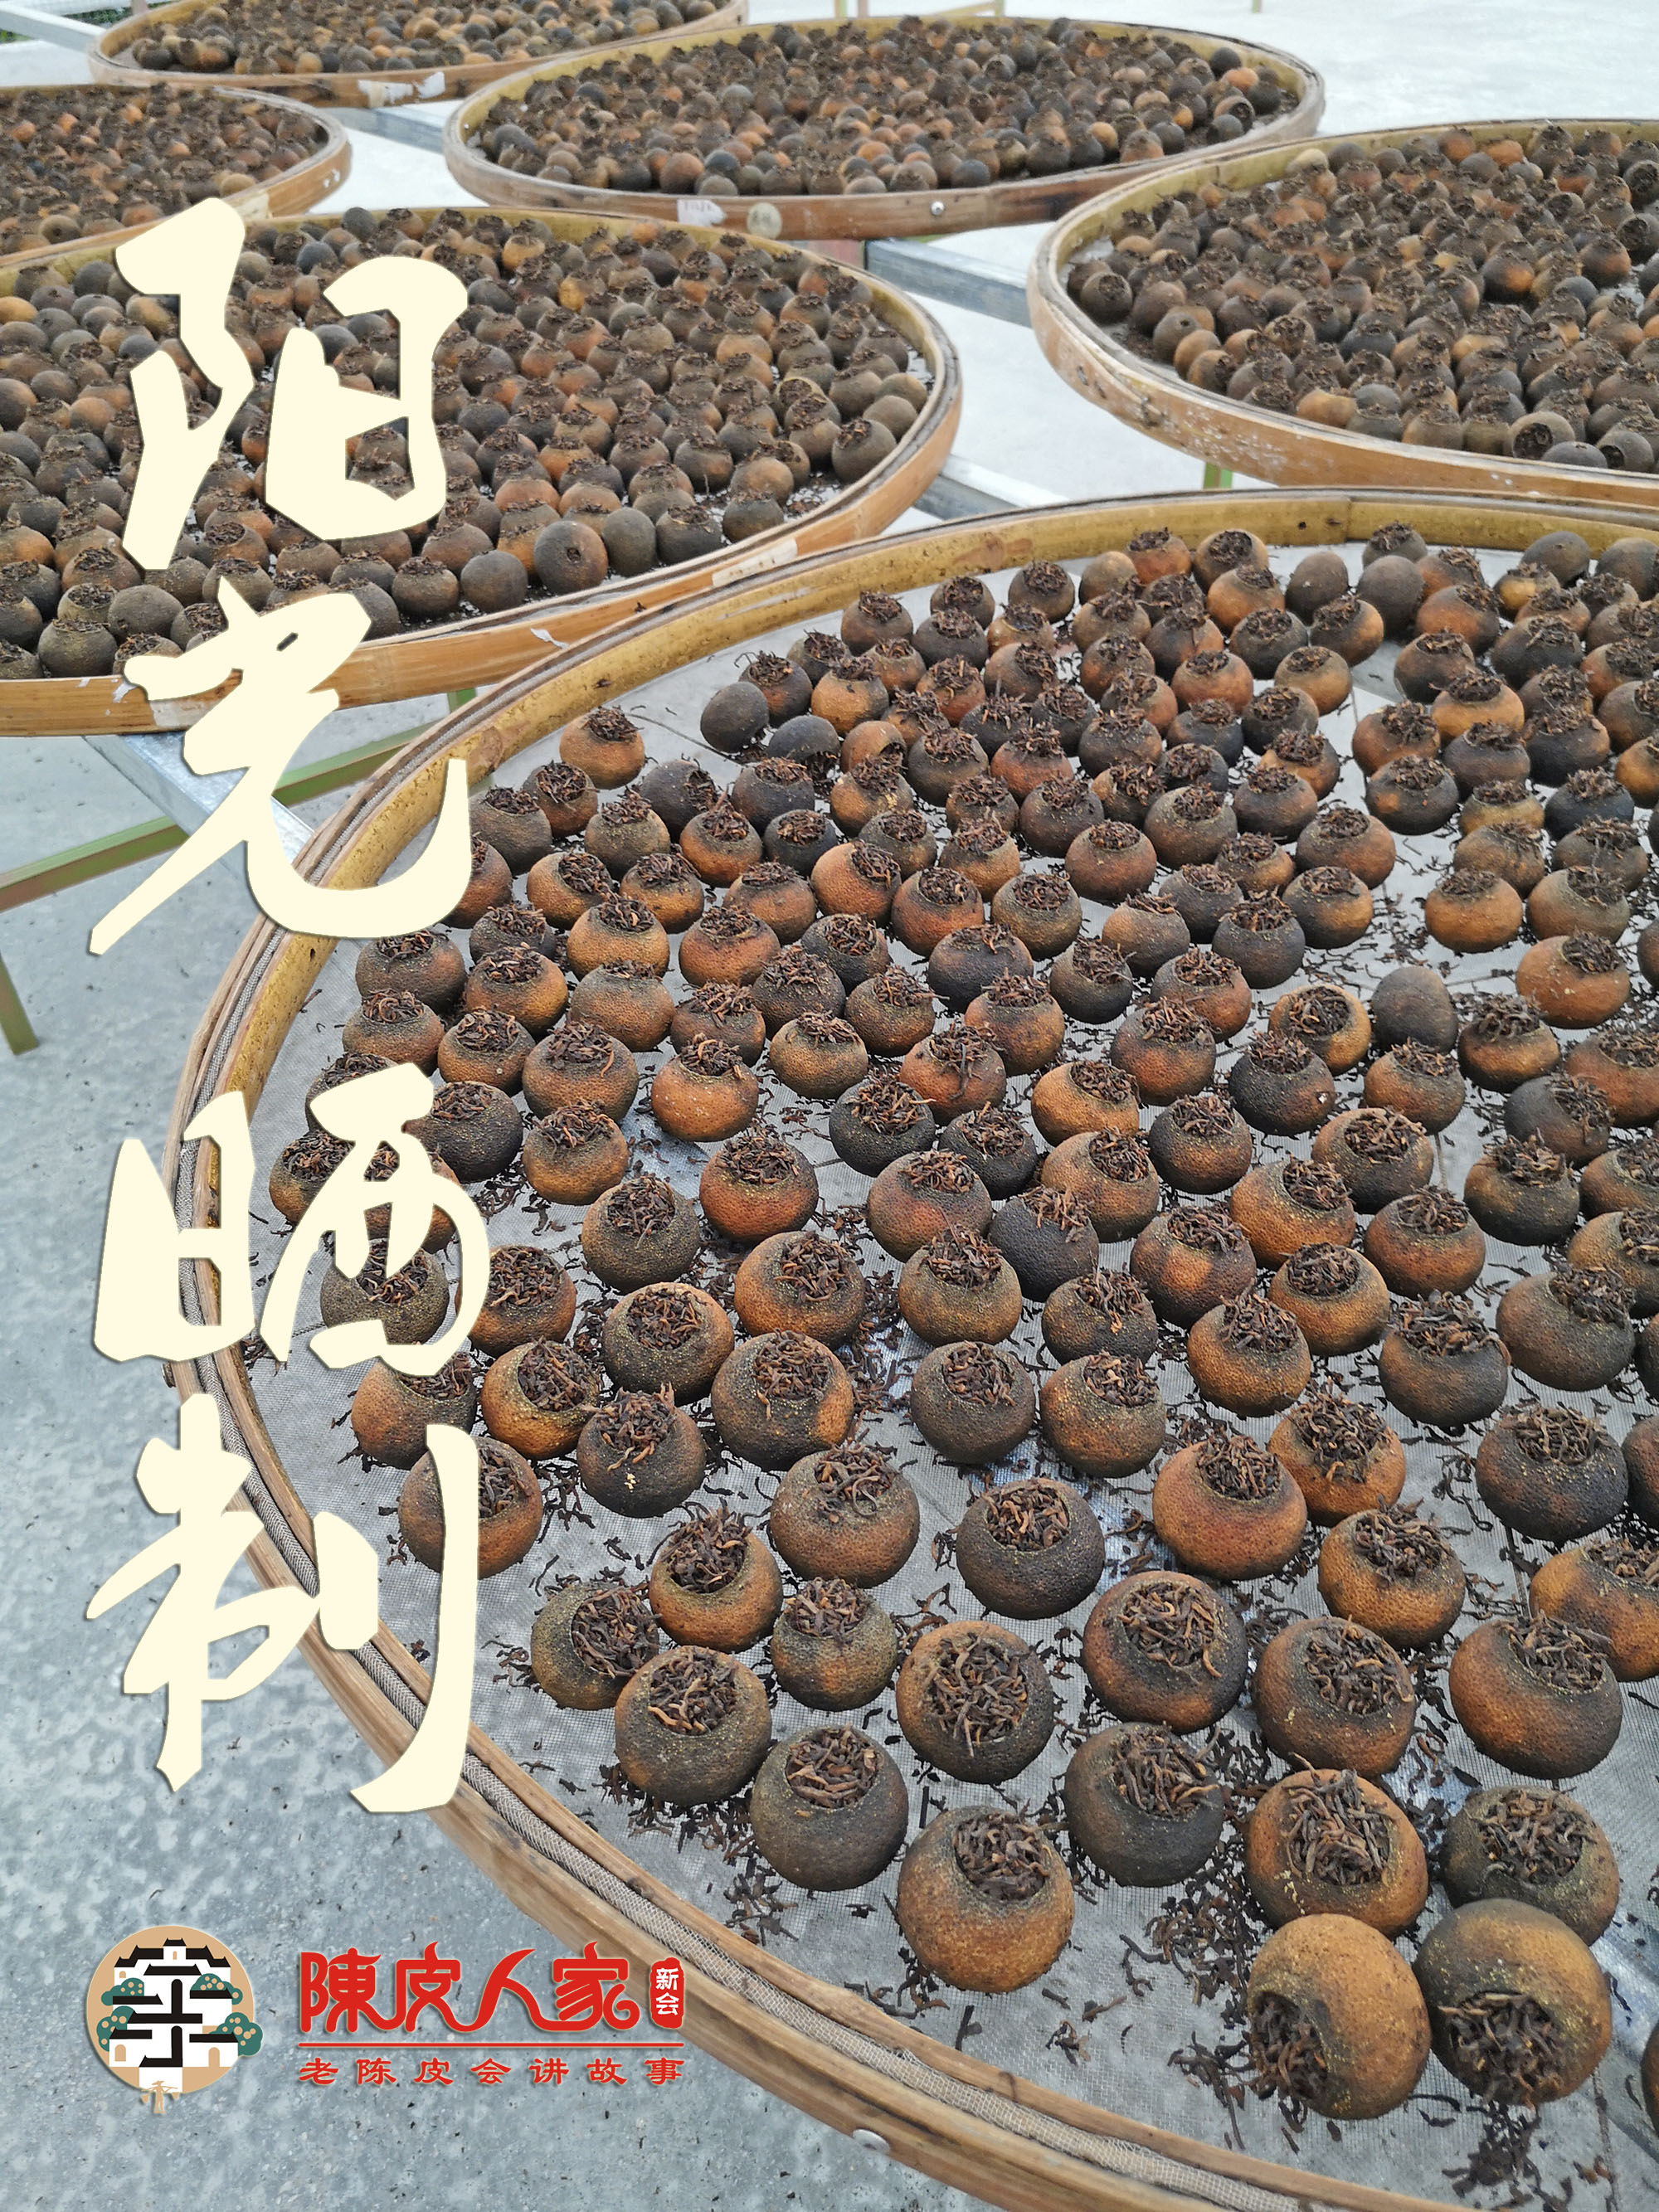
白云映水摇空城，白露垂珠滴秋月。